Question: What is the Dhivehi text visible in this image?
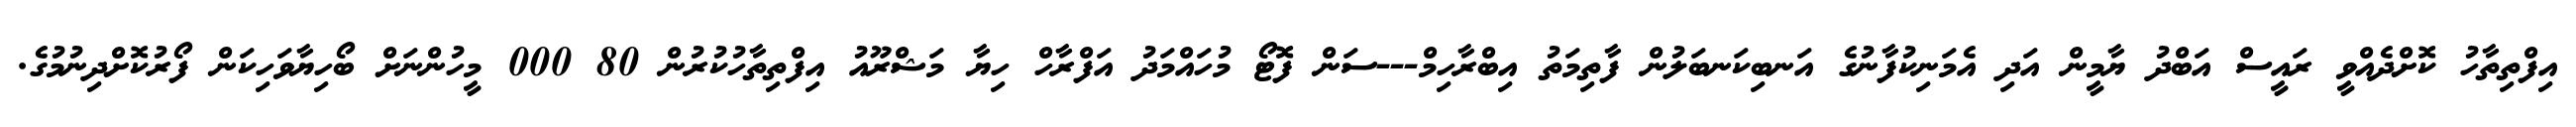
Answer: އިފްތިތާހު ކޮށްދެއްވީ ރައީސް އަބްދު ޔާމީން އަދި އެމަނިކުފާނުގެ އަނބިކަނބަލުން ފާތިމަތު އިބްރާހިމް---ސަން ފޮޓޯ މުހައްމަދު އަފްރާހް ހިޔާ މަޝްރޫއު އިފްތިތާހުކުރުން 80 000 މީހުންނަށް ބޯހިޔާވަހިކަން ފޯރުކޮށްދިނުމުގެ.